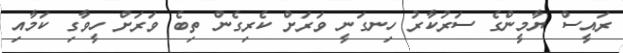
ރައީސް ޔާމީންގެ ސަރުކާރު ހިނގަނީ ވަރަށް ކެރިގެން ތިބެ ވަރަށް ހީވާގި ކަމާއި